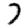
Digit: 7